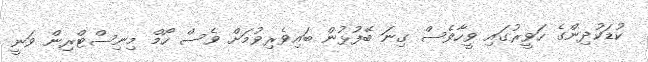
ކުޑަކުދިންގެ ހަވީރުގައި ވީހާވެސް ގިނަ ބޭފުޅުން ބައިވެރިވުމަށް ވެސް ހޯމް މިނިސްޓްރިން ވަނީ